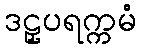
ဒဠှပရက္ကမံ